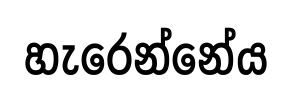
හැරෙන්නේය